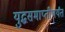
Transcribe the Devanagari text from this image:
युद्धसमाप्तीपर्यंत